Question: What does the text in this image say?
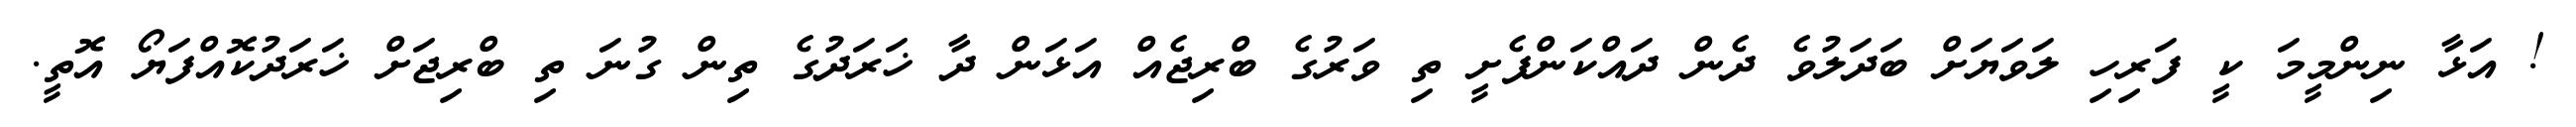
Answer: ! އަޅާ ނިންމީމަ ކީ ފަރިހި ލަވަޔަށް ބަދަލުވެ ދެން ދައްކަންފެށީ ތި ވަރުގެ ބްރިޖެއް އަޅަން ދާ ޚަރަދުގެ ތިން ގުނަ ތި ބްރިޖަށް ޚަރަދުކޮއްފަޔޯ އޮތީ.